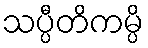
သပ္ပီတိကမ္ပိ